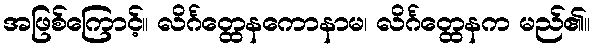
အဖြစ်ကြောင့်။ လိင်္ဂတ္ထေနကောနာမ၊ လိင်္ဂတ္ထေနက မည်၏။